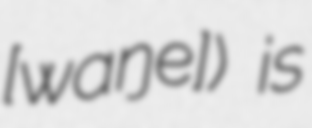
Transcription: [ɡɯwaŋɡe]) is